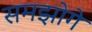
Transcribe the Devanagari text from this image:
समझोगे